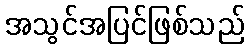
အသွင်အပြင်ဖြစ်သည်